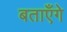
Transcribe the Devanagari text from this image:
बताएँगे